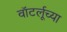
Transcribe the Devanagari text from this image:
वॉटर्लूच्या